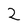
Character: Z